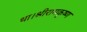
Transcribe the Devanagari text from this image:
था।श्रीरामकृष्ण